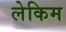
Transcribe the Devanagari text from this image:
लेकिम